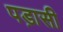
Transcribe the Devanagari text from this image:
पड़ासी